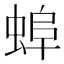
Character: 𧌓